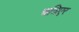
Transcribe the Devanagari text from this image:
चत्रिएर